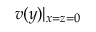
v ( y ) \rvert _ { x = z = 0 }